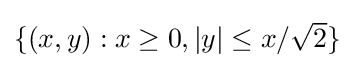
\textstyle \{(x,y):x\geq 0,\vert y\vert \leq x/{\sqrt {2}}\}